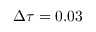
\Delta \tau = 0 . 0 3